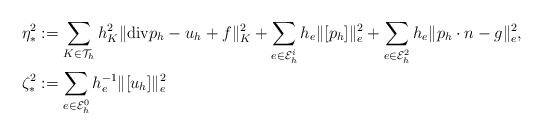
\begin{align*}\eta^2_* & := \sum_{K\in \mathcal{T}_h} h_K^2 \|{\rm div} p_h -u_h +f\|^2_K+ \sum_{e\in {\cal E}_h^i} h_e \|[p_h]\|^2_e + \sum_{e\in {\cal E}_h^2} h_e \|p_h\cdot n-g\|^2_e, \\\zeta^2_* &:= \sum_{e\in {\cal E}_h^0} h_e^{-1} \|[u_h]\|^2_e\end{align*}